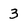
Character: 3